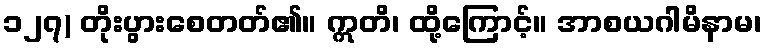
၁၂၇) တိုးပွားစေတတ်၏။ ဣတိ၊ ထို့ကြောင့်။ အာစယဂါမိနာမ၊